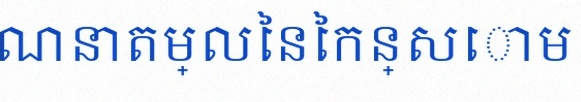
គណនាតម្លៃនៃកន្សោម